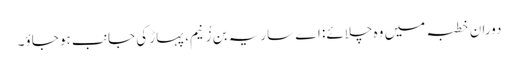
دوران خطبہ میں وہ چلائے: اے ساریہ بن زُنیم، پہاڑ کی جانب ہو جاؤ۔